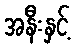
အနီးနှင့်